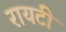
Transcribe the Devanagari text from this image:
रायटी